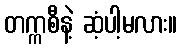
တက္ကစီနဲ့ ဆံ့ပါ့မလား။